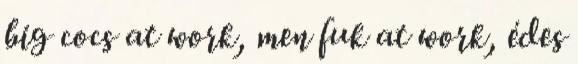
big cocs at work, men fuk at work, édes